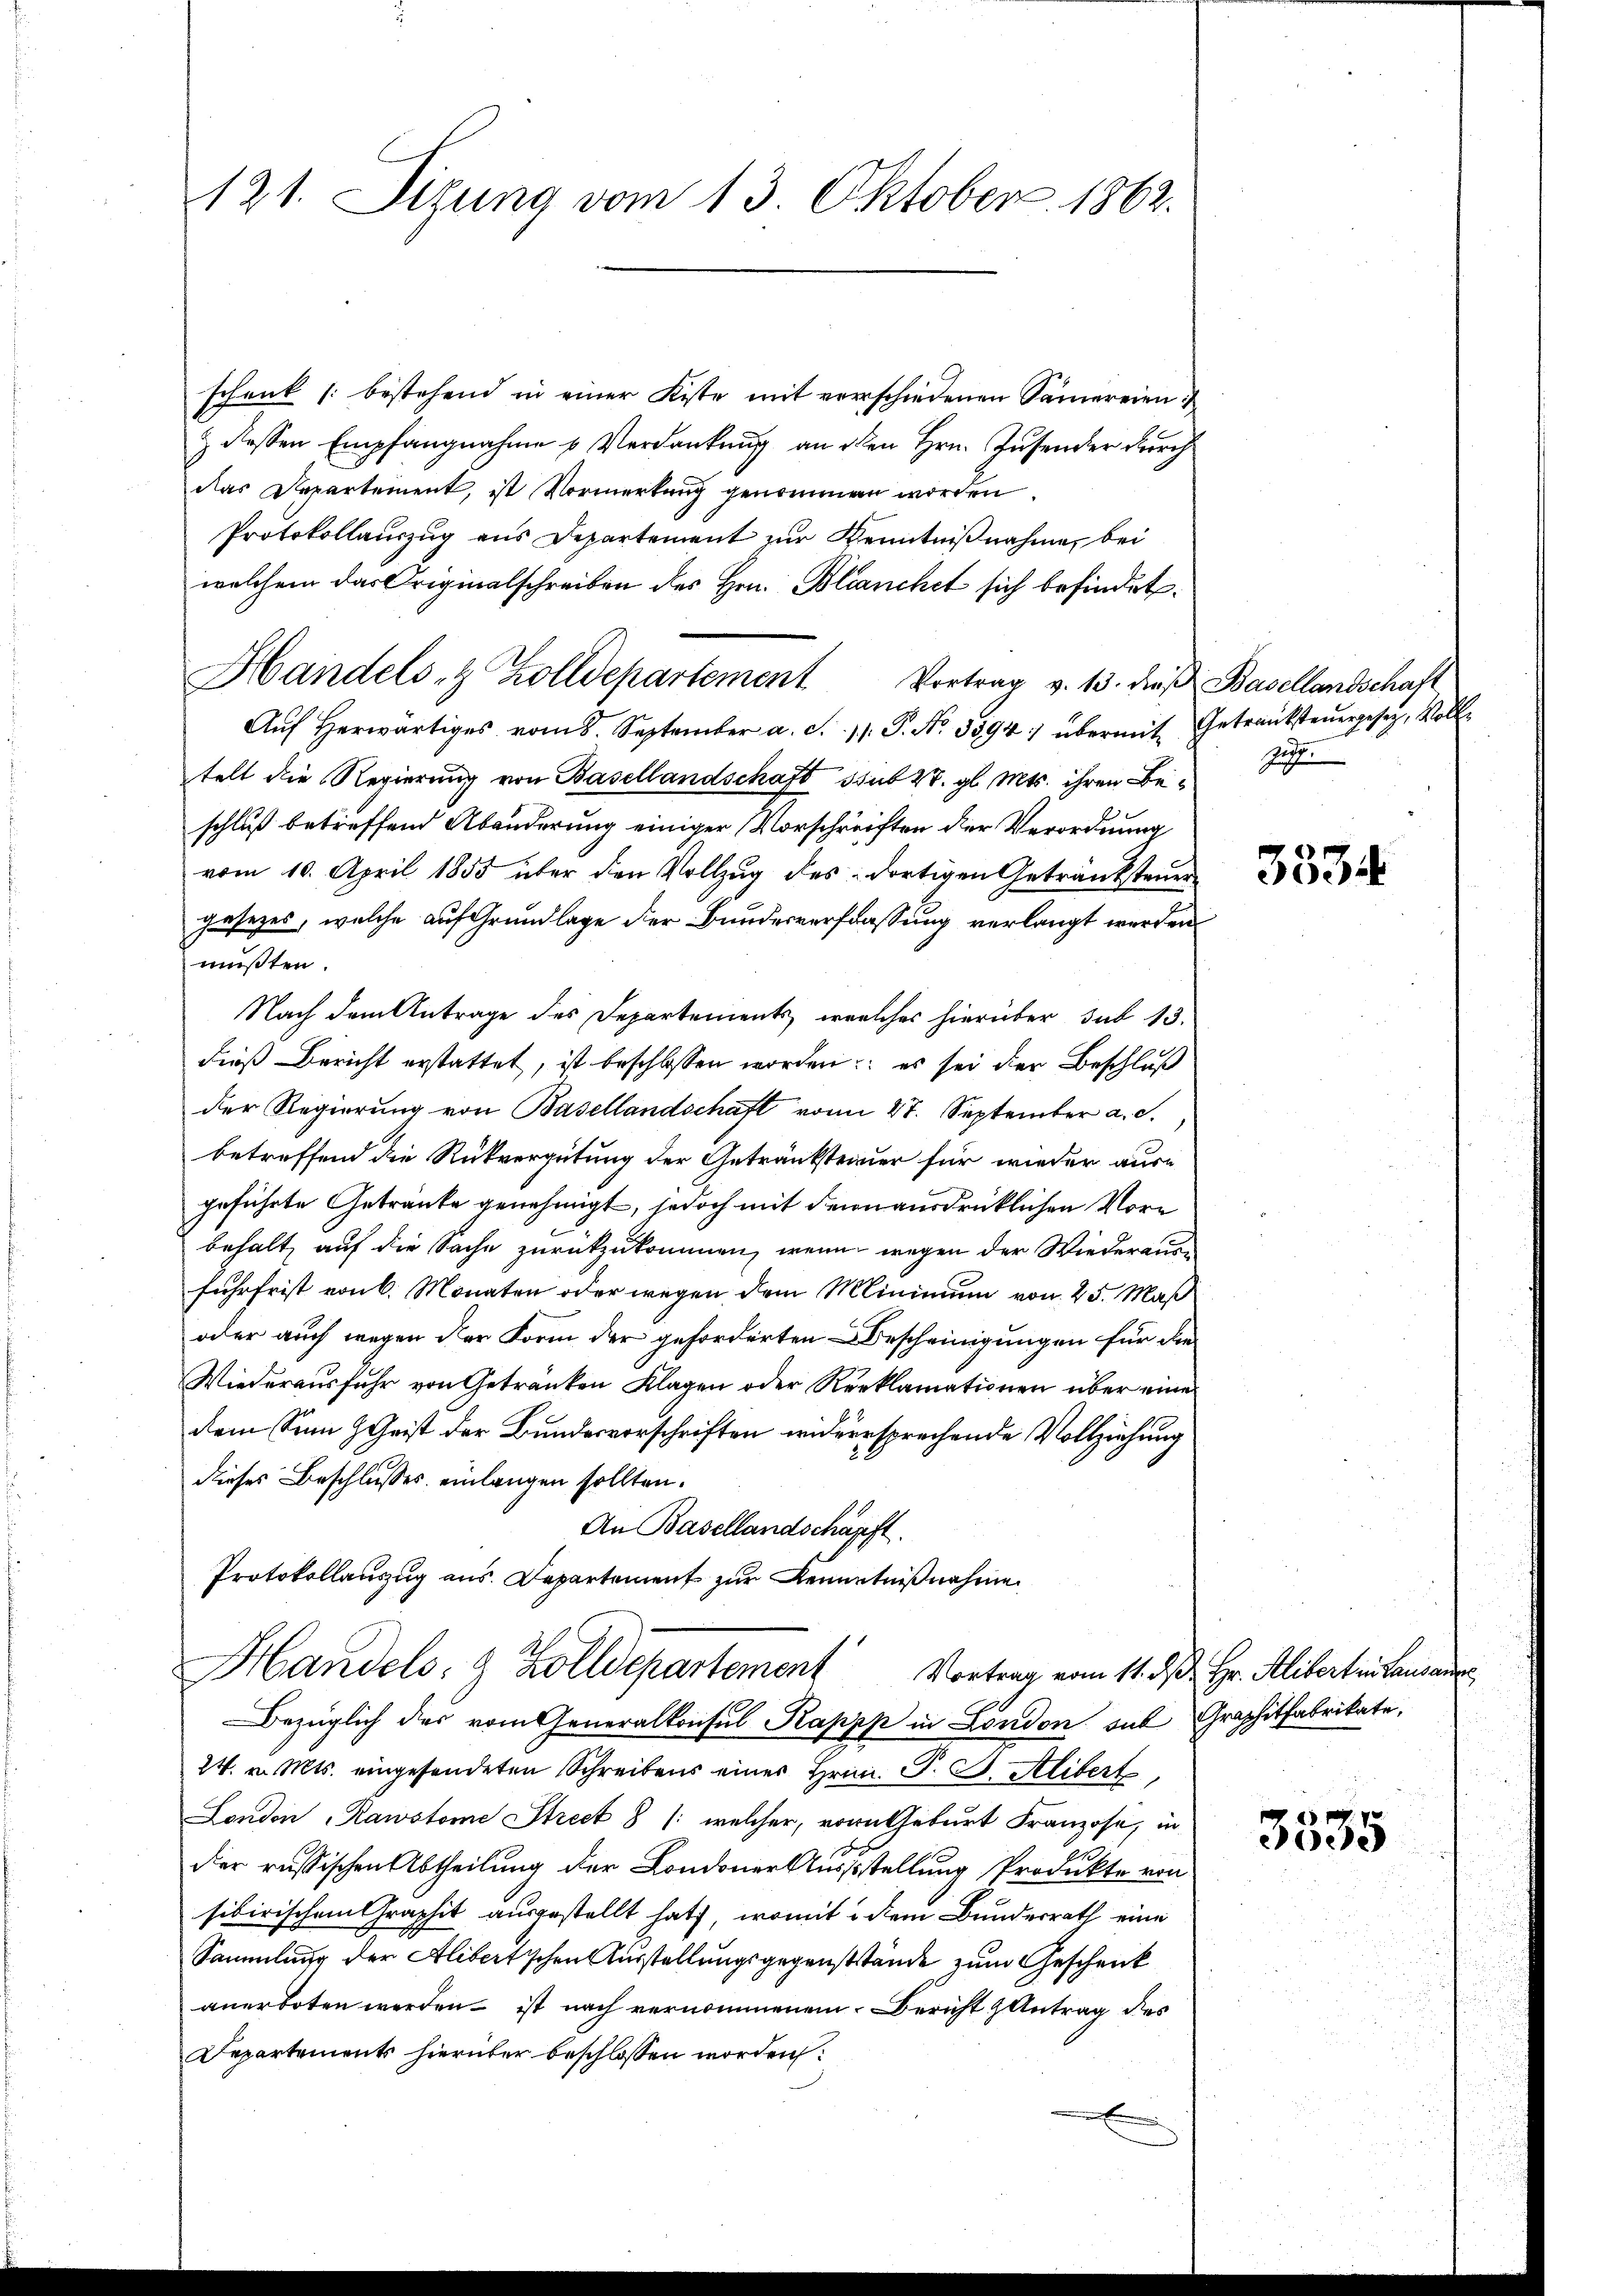
121. Sitzung vom 13. Oktober 1862.

schenk (bestehend in einer Kiste mit verschiedenen Samereien
& dessen Empfangnahme u. Verdankung an den Hrn. Zusender durch
das Departement, ist Vormerkung genommen worden.
Protokollauszug aus Departement zur Kenntnißnahme, bei
welchem das Originalschreiben des Hrn. Blanchet sich befindet.
Handels- & Zolldepartement Vortrag v. 13. dieβ Basellandschaft
Auf herwärtiges vom 8. September a. c. 11. P. Nr. 3594) übermit Getrautsteuergesetz, Volltelt die Regierung von Basellandschaft sub 27. gl. Mts. ihren Beschluß betreffend Abänderung einiger Vorschreiften der Verordnung
vom 10. April 1855 über den Vollzug des dortigen Getränksteuer
gesetzes, welche auf Grundlage der Bundesverfassung verlangt werden
müßten.
Nach dem Antrage des Departements, welches hierüber sub 13.
dieß Bericht erstattet, ist beschlossen worden; es sei der Beschluß
der Regierung von Basellandschaft von 47. September a. c.
betreffend die Rückvergütung der Getränksteiner für wieder aus-
geführte Getränke genehmigt, jedoch mit denn ausdrücklichen Vore
behalt auf die Sache zurückzukommen, wenn wegen der Wiederausfuhrfrist von 6. Monaten oder wegen dem Minimum von 25. Maß
oder auch wegen der Form der geforderten Bescheinigungen für die
Wiederausfuhr von Getränken Klagen oder Reklamationen über eine
dem Sinn z Geist der Bundesvorschriften widersprechende Vollziehung
dieses Beschlusses einlangen sollten.
An Basellandschöpft.
Protokollauszug aus. Departement zur Kenntnißnahme
Handels- & Zolldepartement Vortrag vom 11. d. d. Hr. Alibert ein kann
Bezüglich des vom Generalkonsul Kappp in London sub Graphitfabrikate,
24. v. Mts. eingesendeten Schreibens einer Hrn. F. S. Alibert
London "Rawstome Street 8 /: welcher, vom Geburt Franzose, in
der russischen Abtheilung der Londoner Ausstellung Produkte von
sibirischem Graphit ausgestellt hat, womit in dem Bundesrath eine
Sammlung der Alibertischen Ausstellungsgegenststände zum Geschenk
anerboten werden ist nach vernommenen Bericht Antrag des
Departements hierüber beschlossen worden.

Zuh

3534

3535